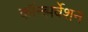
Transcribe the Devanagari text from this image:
कॉन्झर्वेशन